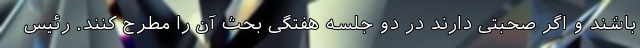
باشند و اگر صحبتی دارند در دو جلسه هفتگی بحث آن را مطرح کنند. رئیس